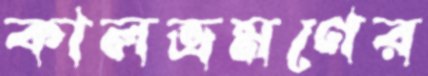
কালভ্রমণের